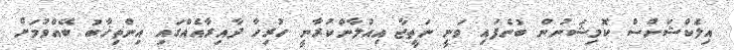
އިލެކްޝަންސް ކޮމިޝަނުން ބުނެފައި ވަނީ ނަތީޖާ އިއުލާންކުރާނީ ހުރިހާ ދާއިރާއެއްގައި އިންތިޚާބު ބޭއްވުމަށް